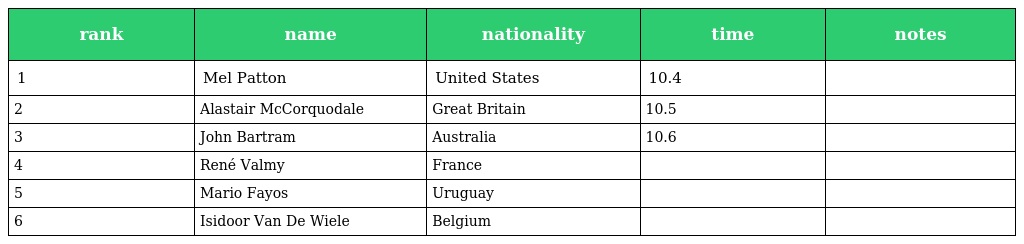
| rank | name | nationality | time | notes |
 | --- | --- | --- | --- | --- |
 | 1 | Mel Patton | United States | 10.4 |  |
 | 2 | Alastair McCorquodale | Great Britain | 10.5 |  |
 | 3 | John Bartram | Australia | 10.6 |  |
 | 4 | René Valmy | France |  |  |
 | 5 | Mario Fayos | Uruguay |  |  |
 | 6 | Isidoor Van De Wiele | Belgium |  |  |